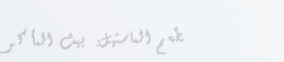
مطعم الماستيل: بيت المأكو